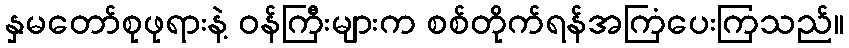
နှမတော်စုဖုရားနဲ့ ဝန်ကြီးများက စစ်တိုက်ရန်အကြံပေးကြသည်။